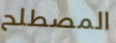
المصطلح